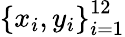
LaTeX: \left\{ x_{i},y_{i}\right\} _{i=1}^{12}